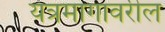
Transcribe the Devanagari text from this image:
यंत्रमागावरील